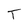
Character: T